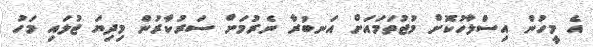
އެ މީހުން އިސްލާހުކޮށް މުޖުތަމައަށް އަނބުރާ ނެރުމަށް ސަރުކާރުން މިދިޔަ ޖުލައި މަހު